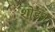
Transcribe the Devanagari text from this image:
शोडन